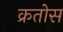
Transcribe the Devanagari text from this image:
क्रतोस